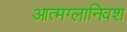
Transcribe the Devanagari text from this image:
आत्मग्लानिवश